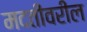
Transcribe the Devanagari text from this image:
मदतीवरील